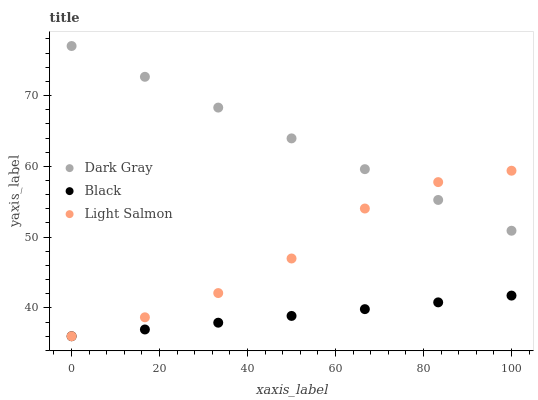
| xaxis_label | Dark Gray | Black | Light Salmon |
 | --- | --- | --- | --- |
 | 0 | 77 | 36 | 36 |
 | 16.7 | 72.7 | 37 | 38.7 |
 | 33.3 | 68.3 | 37.9 | 42.1 |
 | 50 | 64 | 38.9 | 47 |
 | 66.7 | 59.6 | 39.8 | 54 |
 | 83.3 | 55.3 | 40.8 | 57.8 |
 | 100 | 50.9 | 41.7 | 59.4 |